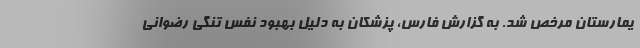
یمارستان مرخص شد. به گزارش فارس،‌ پزشکان به دلیل بهبود نفس تنگی رضوانی